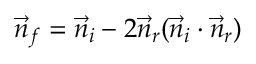
\begin{array} { r } { \Vec { n } _ { f } = \Vec { n } _ { i } - 2 \Vec { n } _ { r } ( \Vec { n } _ { i } \cdot \Vec { n } _ { r } ) } \end{array}